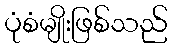
ပုံစံမျိုးဖြစ်သည်